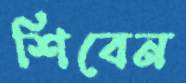
শিবেন